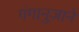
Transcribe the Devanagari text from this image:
गंगानुजाने